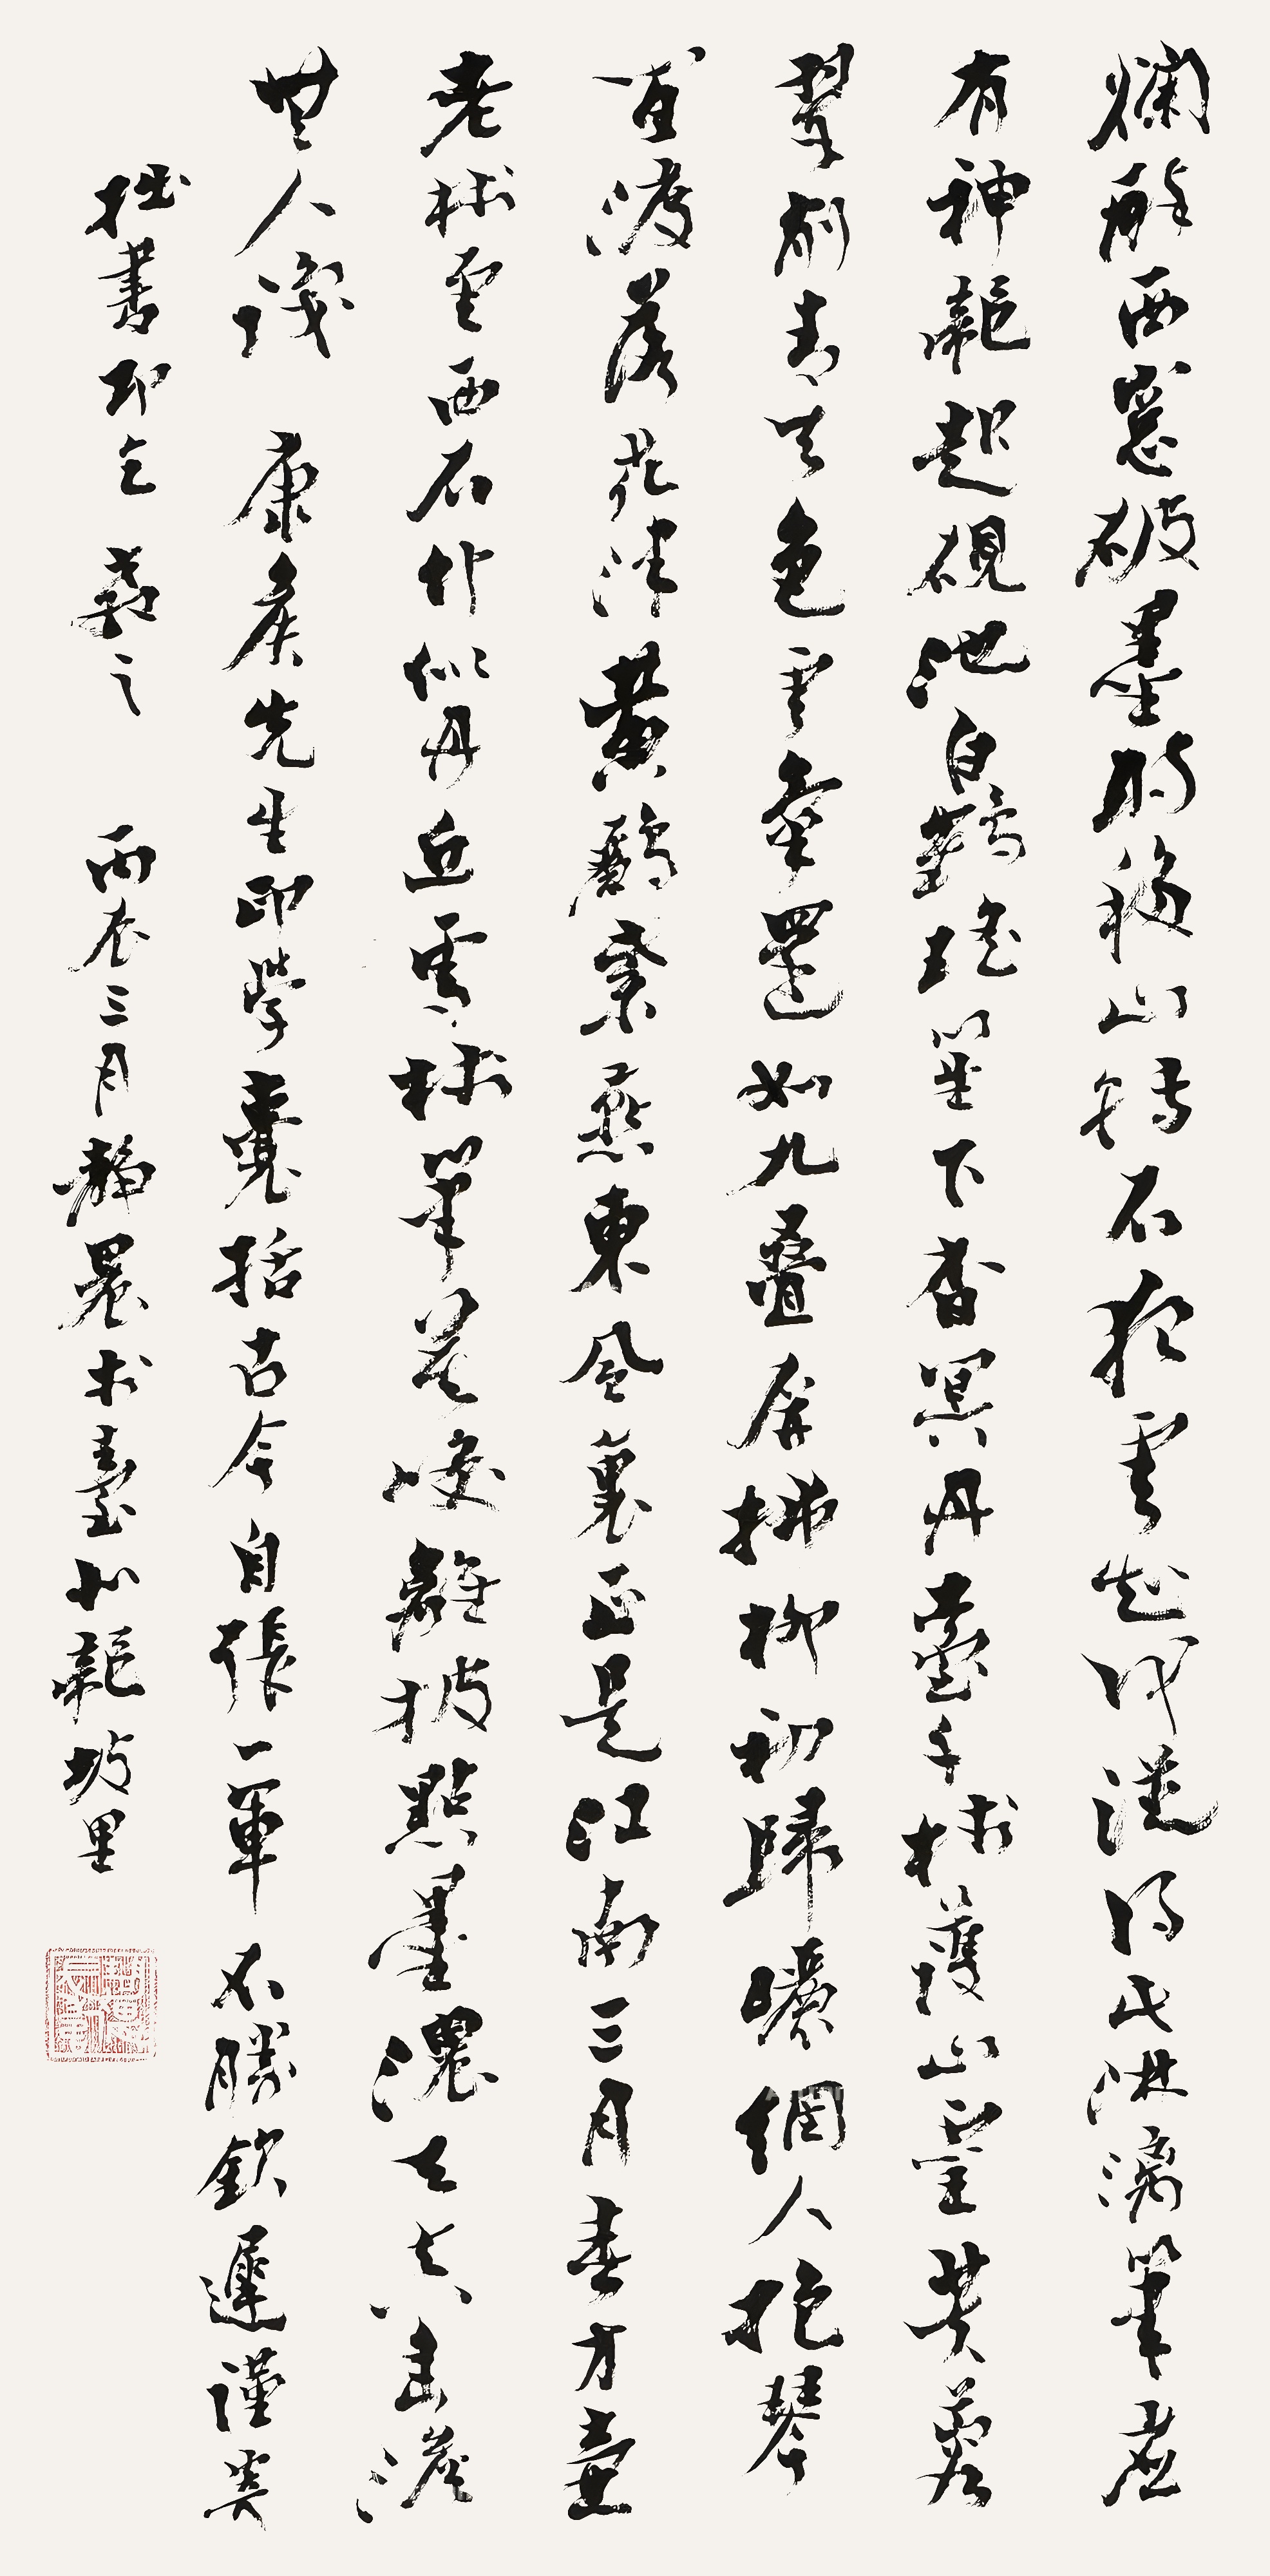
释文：烂醉西窗破墨时，移山转石夜云知。何从得此淋漓笔，应有神龙起砚池。白鹤瑶笙下杳冥，丹台千树护山灵。芙蓉翠削青天色，云气还如九迭屏。拂柳初归晒网人，抱琴闲渡落花津。黄鹂紫燕东风里，正是江南三月春。方壶老树云西石，竹似丹丘雪村笔。莫咲离披点墨浓，天真幽淡无人识。康候先生印学囊括古今，自张一军不胜钦迟，谨寄拙书即乞教之。丙辰三月，静农于台北龙坡里。